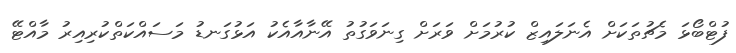
ފުޓްބޯޅަ މެޗުތަކަށް އެނަލައިޒް ކުރުމަށް ވަރަށް ގިނަވަގުތު އޭނާއާއެކު އަޅުގަނޑު މަސައްކަތްކުރިއިރު މާއްޓޭ